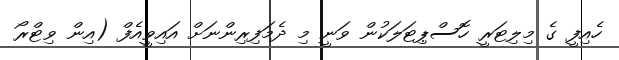
ހެއިފީ ގެ މިލިޓަރީ ހޮސްޕިޓަލަކުން ވަނީ މި ދެމަފިރިންނަށް އައިވީއެފް (އިން ވިޓްރޯ